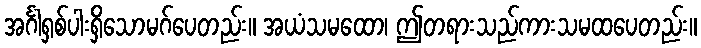
အင်္ဂါရှစ်ပါးရှိသောမဂ်ပေတည်း။ အယံသမထော၊ ဤတရားသည်ကားသမထပေတည်း။